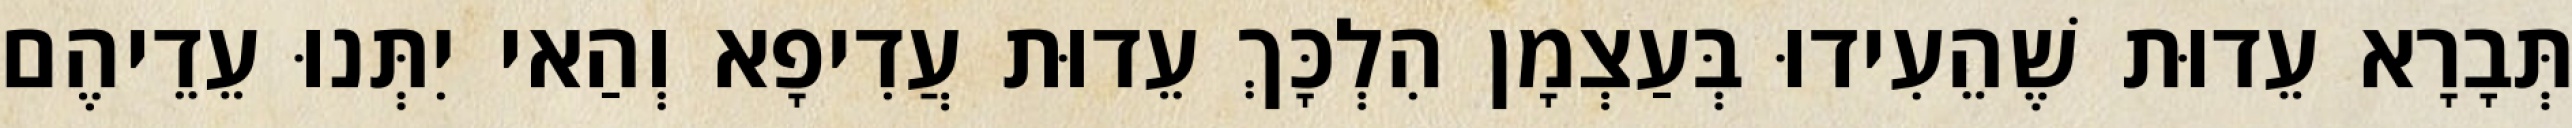
תְּבָרָא עֵדוּת שֶׁהֵעִידוּ בְּעַצְמָן הִלְכָּךְ עֵדוּת עֲדִיפָא וְהַאי יִתְּנוּ עֵדֵיהֶם